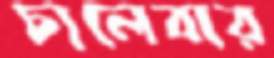
চালেবার